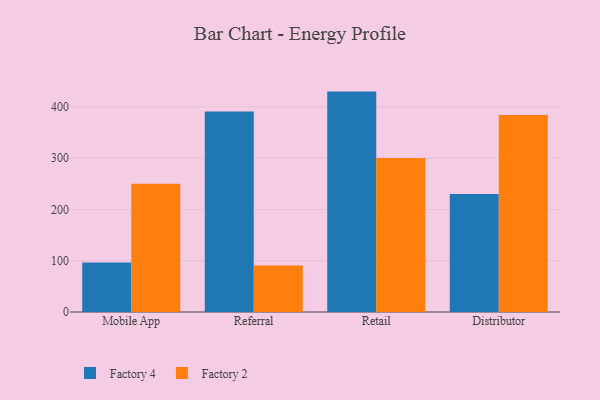
{"axis": {"x": "Channel", "y": "Latency (ms)"}, "legend": ["Factory 2", "Factory 4"], "data": [{"x": "Mobile App", "y": 96.3, "type": "Factory 4"}, {"x": "Mobile App", "y": 250.1, "type": "Factory 2"}, {"x": "Referral", "y": 391.0, "type": "Factory 4"}, {"x": "Referral", "y": 90.7, "type": "Factory 2"}, {"x": "Retail", "y": 429.6, "type": "Factory 4"}, {"x": "Retail", "y": 300.2, "type": "Factory 2"}, {"x": "Distributor", "y": 229.8, "type": "Factory 4"}, {"x": "Distributor", "y": 384.1, "type": "Factory 2"}]}